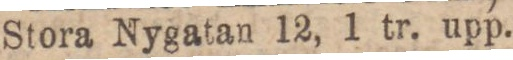
Stora Nygatan 12, 1 tr. upp.